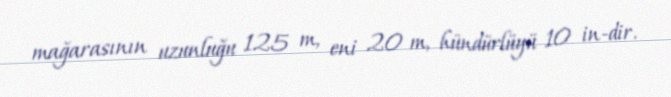
mağarasının uzunluğu 125 m, eni 20 m, hündürlüyü 10 in-dir.